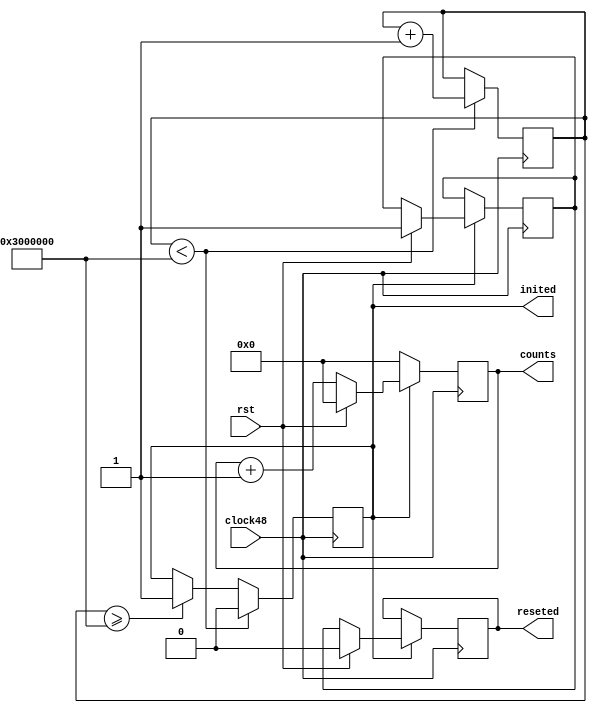

module sample_counter(clock48, rst, counts, inited, reseted);
	input clock48;
	input rst;
	output [31:0] counts;
	output inited;
	output reseted;
	reg [31:0] counts;
	reg [31:0] initcnt;
	reg inited, reseted, reseted_state;
	
	initial begin
		counts = 32'b0;
		initcnt = 32'b0;
		inited = 1'b0;
		reseted = 1'b0;
		reseted_state = 1'b0;
	end
	
	always @(posedge clock48)
	begin
		if ( initcnt < 32'h3000000 ) begin
			inited <= 1'b0;
			initcnt <= initcnt + 1;
		end else if ( initcnt >= 32'h3000000 ) begin
			inited <= 1'b1;
		end
		
		if ( inited == 1'b0 ) begin
			counts <= 32'b0;
		end else if ( rst == 1'b1 ) begin
			counts <= 32'b0;
			reseted_state <= 1'b1;
			reseted <= 1'b0;
		end else begin
			counts <= counts + 1;
			reseted <= reseted_state;
		end
		
	end
endmodule